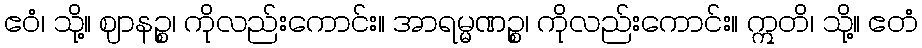
ဧဝံ၊ သို့။ ဈာနဉ္စ၊ ကိုလည်းကောင်း။ အာရမ္မဏဉ္စ၊ ကိုလည်းကောင်း။ ဣတိ၊ သို့။ ဧတံ